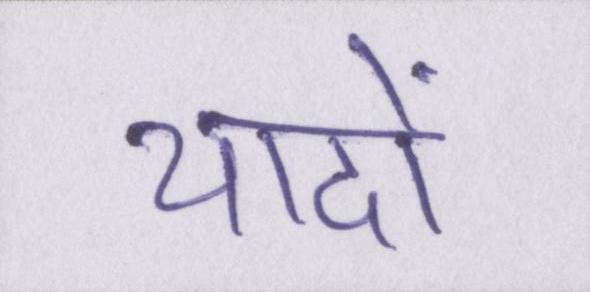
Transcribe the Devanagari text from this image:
यादों